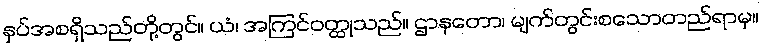
နှပ်အစရှိသည်တို့တွင်။ ယံ၊ အကြင်ဝတ္ထုသည်။ ဌာနတော၊ မျက်တွင်းစသောတည်ရာမှ။